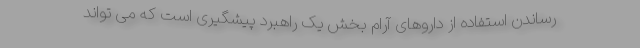
رساندن استفاده از داروهای آرام بخش یک راهبرد پیشگیری است که می تواند